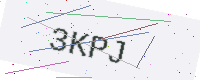
Text: 3KPJ